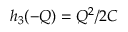
h _ { 3 } ( - Q ) = Q ^ { 2 } / 2 C